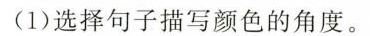
(1)选择句子描写颜色的角度。